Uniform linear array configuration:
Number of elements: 8
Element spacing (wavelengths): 0.75
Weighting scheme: kaiser
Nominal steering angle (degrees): -60
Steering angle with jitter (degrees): -59.206
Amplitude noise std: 0.05
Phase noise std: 0.05

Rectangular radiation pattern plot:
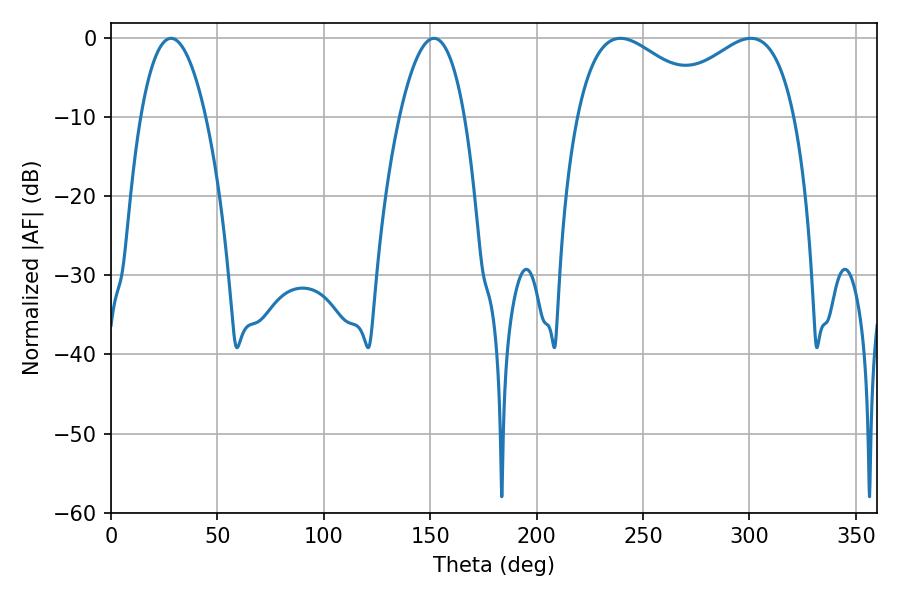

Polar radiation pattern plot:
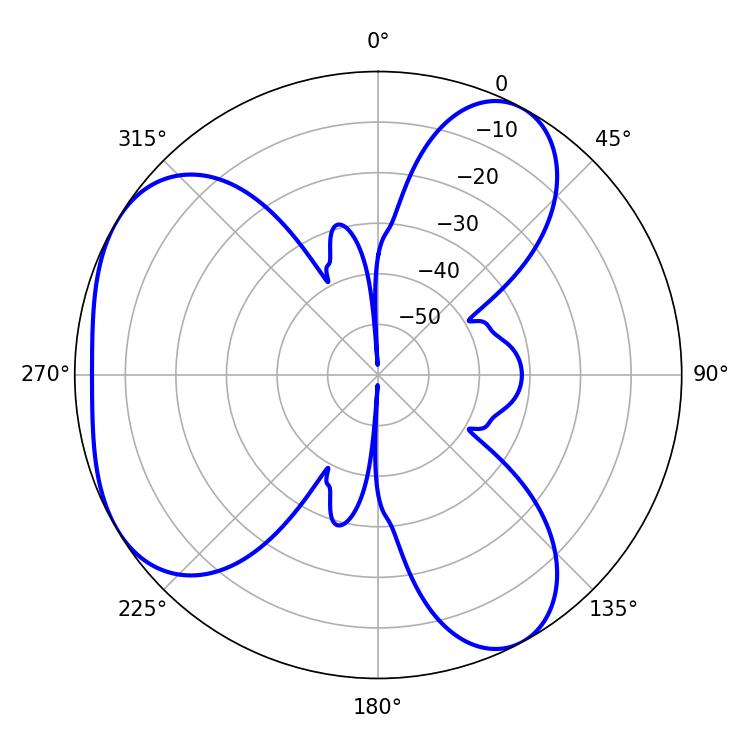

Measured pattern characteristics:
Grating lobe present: TRUE
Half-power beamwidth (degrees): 35.64
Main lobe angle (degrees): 239.4